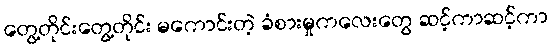
တွေ့တိုင်းတွေ့တိုင်း မကောင်းတဲ့ ခံစားမှုကလေးတွေ ဆင့်ကာဆင့်ကာ